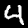
Digit: 4